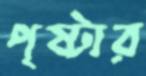
পৃষ্টার